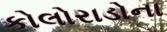
કોલોરાડોના